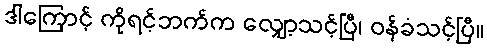
ဒါကြောင့် ကိုရင့်ဘက်က လျှော့သင့်ပြီ၊ ဝန်ခံသင့်ပြီ။